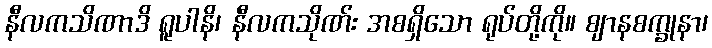
နီလကသိဏာဒိ ရူပါနိ၊ နီလကသိုဏ်း အစရှိသော ရုပ်တို့ကို။ ဈာနစက္ခုနာ၊